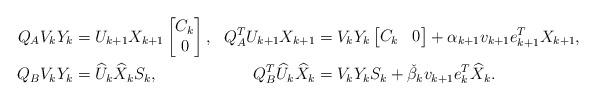
LaTeX: \begin{align*}Q_A V_k Y_k &= U_{k+1} X_{k+1} \begin{bmatrix}C_k\\0\end{bmatrix}, &Q_A^T U_{k+1} X_{k+1} &= V_k Y_k \begin{bmatrix}C_k & 0\end{bmatrix} + \alpha_{k+1} v_{k+1} e_{k+1}^T X_{k+1},\\Q_B V_k Y_k &= \widehat{U}_{k} \widehat{X}_k S_k, &Q_B^T \widehat{U}_{k} \widehat{X}_k &= V_k Y_k S_k + \check{\beta}_{k} v_{k+1} e_{k}^T \widehat{X}_k.\end{align*}